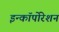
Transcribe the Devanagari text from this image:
इन्कॉर्पोरेशन